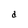
Character: d